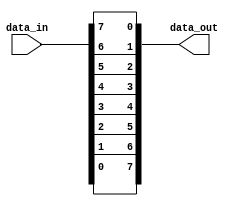
// ======================================================================
// Affiliation:			Tsinghua Univ
// Module Name:			gen_for_module
// Description:			test for generate-for function
// Additional Comments:	VL8 on nowcoder
// ======================================================================

`timescale 1ns/1ns

module gen_for_module (
	input	wire	[7: 0]		data_in,
	output	wire	[7: 0]		data_out
);

genvar i;
generate
	for (i = 0; i < 8; i = i + 1) begin
		assign data_out[i] = data_in[7 - i];
	end
endgenerate

endmodule